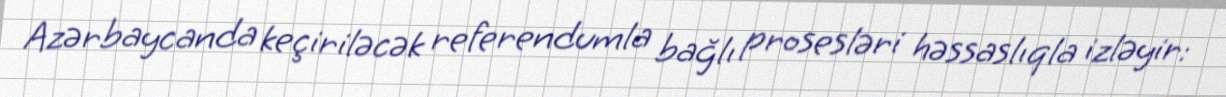
Azərbaycanda keçiriləcək referendumla bağlı prosesləri həssaslıqla izləyir: